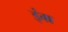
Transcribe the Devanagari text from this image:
इंग्र